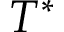
T ^ { * }